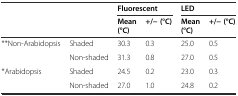
<table><thead><tr><td></td><td></td><td colspan="2"><b>Fluorescent</b></td><td colspan="2"><b>LED</b></td></tr><tr><td></td><td></td><td><b>Mean (°C)</b></td><td><b>+/− (°C)</b></td><td><b>Mean (°C)</b></td><td><b>+/− (°C)</b></td></tr></thead><tbody><tr><td rowspan="2">**Non-Arabidopsis</td><td>Shaded</td><td>30.3</td><td>0.3</td><td>25.0</td><td>0.5</td></tr><tr><td>Non-shaded</td><td>31.3</td><td>0.8</td><td>27.0</td><td>0.5</td></tr><tr><td rowspan="2">*Arabidopsis</td><td>Shaded</td><td>24.5</td><td>0.2</td><td>23.0</td><td>0.3</td></tr><tr><td>Non-shaded</td><td>27.0</td><td>1.0</td><td>24.8</td><td>0.2</td></tr></tbody></table>